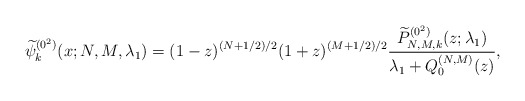
\begin{gather*} \widetilde{\psi }_{k}^{(0^{2})}(x;N,M,\lambda _{1})=( 1-z) ^{(N+1/2) /2}(1+z) ^{(M+1/2) /2}\frac{\widetilde{P}_{N,M,k}^{(0^{2})}(z; \lambda_1) }{ \lambda _{1}+Q_{0}^{(N,M) }(z) },\end{gather*}